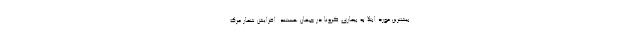
بیشترین مورد ابتلا به بیماری کرونا در جهان هستند. افزایش شمار مرگ